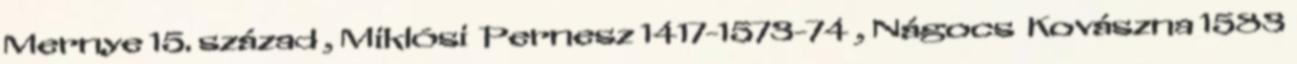
Mernye 15. század , Miklósi Pernesz 1417-1573-74 , Nágocs Kovászna 1583